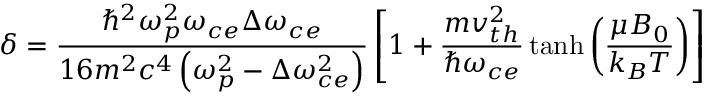
\delta = \frac { \hbar ^ { 2 } \omega _ { p } ^ { 2 } \omega _ { c e } \Delta \omega _ { c e } } { 1 6 m ^ { 2 } c ^ { 4 } \left( \omega _ { p } ^ { 2 } - \Delta \omega _ { c e } ^ { 2 } \right) } \left[ 1 + \frac { m v _ { t h } ^ { 2 } } { \hbar \omega _ { c e } } \operatorname { t a n h } \left( \frac { \mu B _ { 0 } } { k _ { B } T } \right) \right]